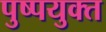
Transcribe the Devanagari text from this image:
पुष्पयुक्त